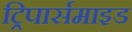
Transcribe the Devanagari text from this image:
ट्रिपार्समाइड